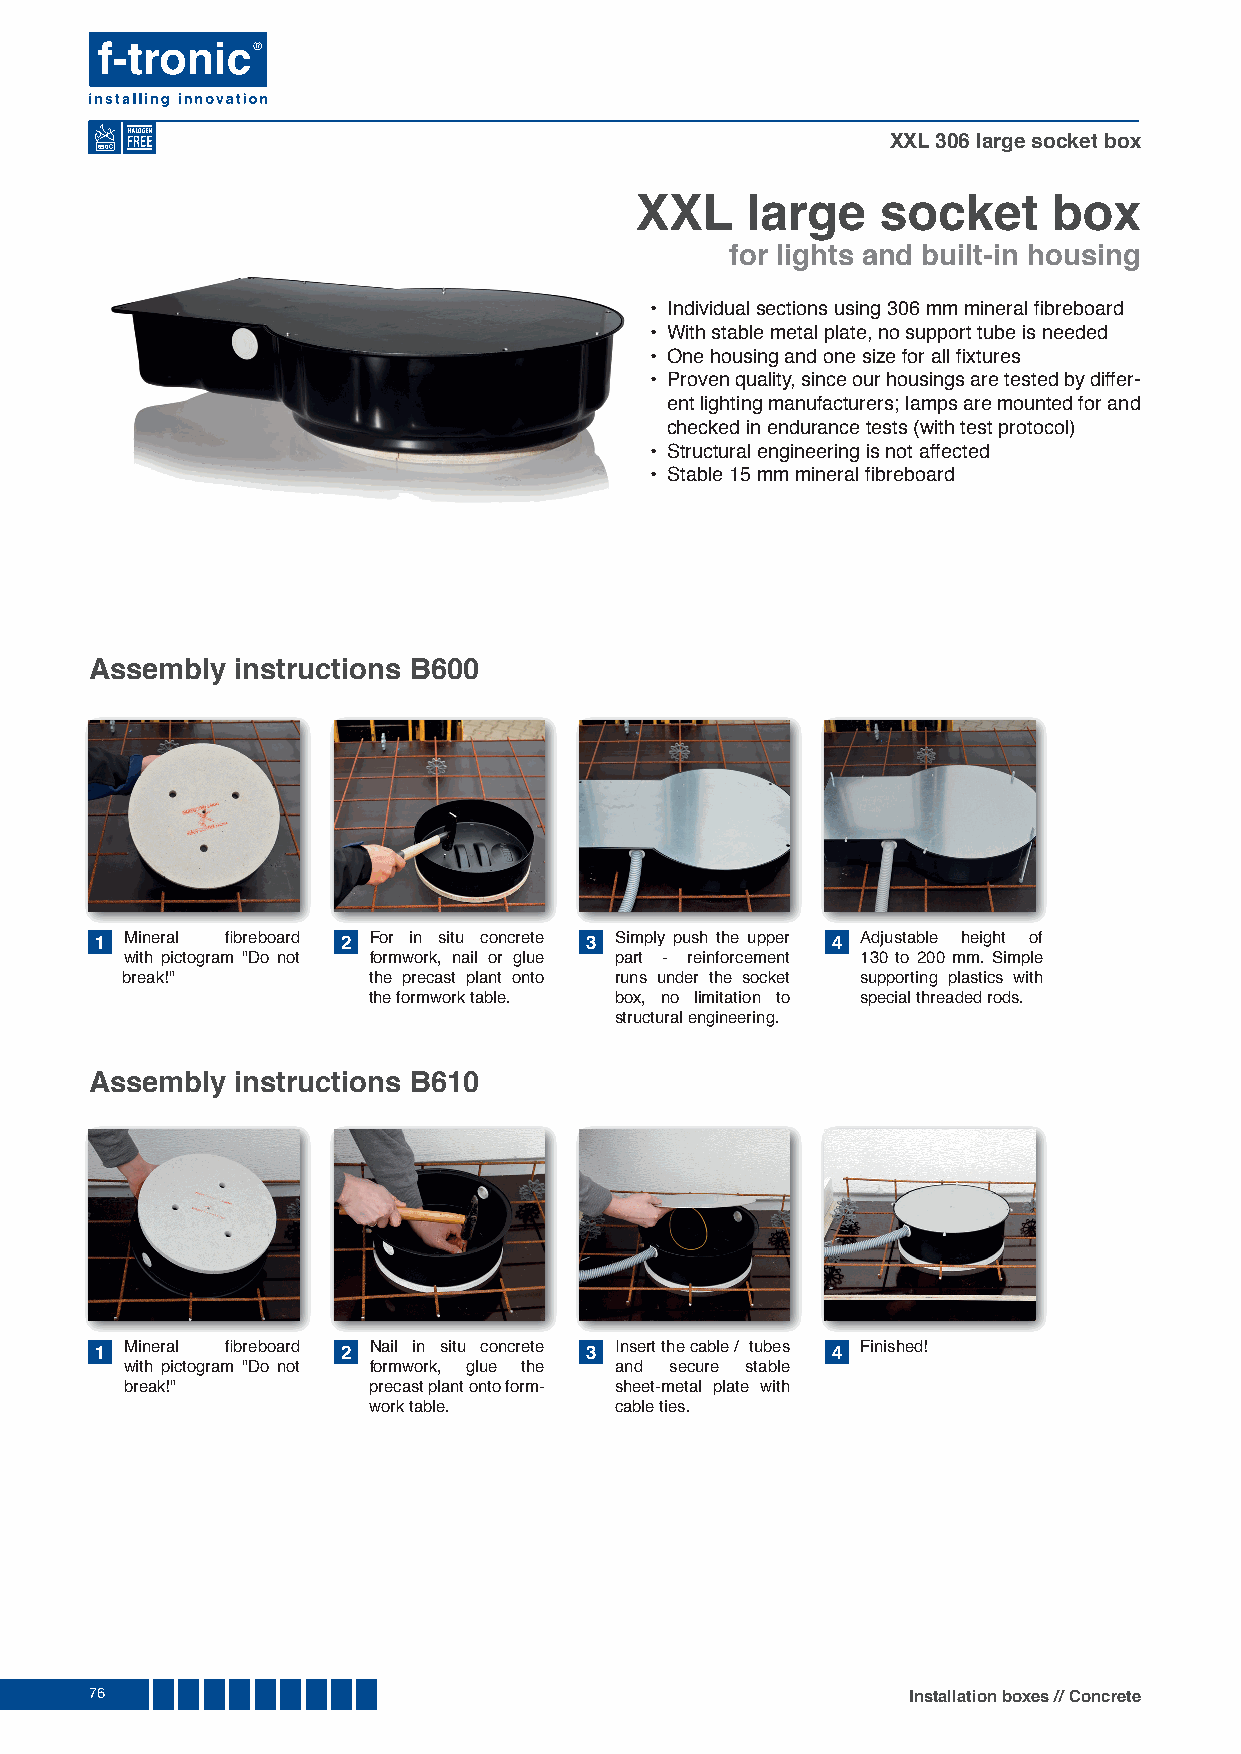
XXL 306 large socket box
 650
 XXL    large    socket      box
 for lights and built-in housing
 • Individual sections using 306 mm mineral fi breboard
 • With stable metal plate, no support tube is needed
 • One housing and one size for all fi xtures
 • Proven quality, since our housings are tested by differ-
 ent lighting manufacturers; lamps are mounted for and
 checked in endurance tests (with test protocol)
 • Structural engineering is not affected
 • Stable 15 mm mineral fi breboard
 Assembly  instructions B600
 1 Mineral fi breboard 2 For in situ concrete 3 Simply push the upper 4 Adjustable height of
 with pictogram "Do not formwork, nail or glue part - reinforcement 130 to 200 mm. Simple
 break!"         the precast plant onto runs under the socket supporting plastics with
 the formwork table. box, no limitation to special threaded rods.
 structural engineering.
 Assembly  instructions B610
 1 Mineral fi breboard 2 Nail in situ concrete 3 Insert the cable / tubes 4 Finished!
 with pictogram "Do not formwork, glue the and secure stable
 break!"         precast plant onto form- sheet-metal plate with
 work table.      cable ties.
 76                                                    Installation boxes // Concrete